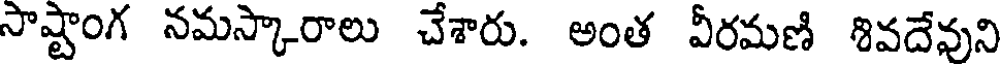
సాష్టాంగ నమస్కారాలు చేశారు. అంత వీరమణి శివదేవుని